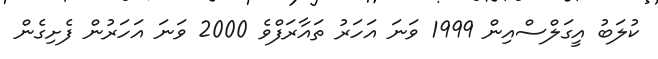
ކުލަބު އީގަލްސްއިން 1999 ވަނަ އަހަރު ތައާރަފްވެ 2000 ވަނަ އަހަރުން ފެށިގެން